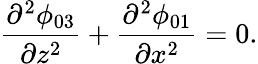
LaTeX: \frac{\partial^{2}\phi_{03}}{\partial z^{2}}+\frac{\partial^{2}\phi_{01}}{\partial x^{2}}=0.